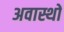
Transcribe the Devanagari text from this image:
अवास्थों